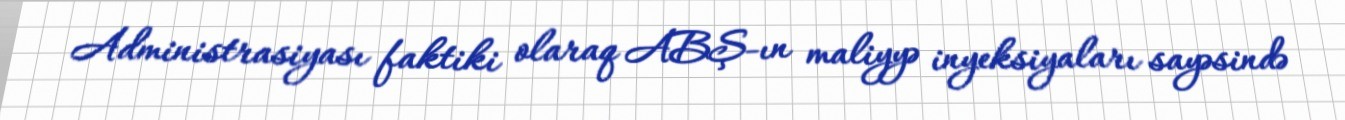
Administrasiyası faktiki olaraq ABŞ-ın maliyyə inyeksiyaları sayəsində